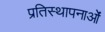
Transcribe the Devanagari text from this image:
प्रतिस्थापनाओं